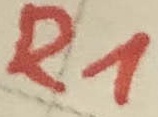
Text: R1